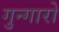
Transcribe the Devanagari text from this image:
गुन्गारो